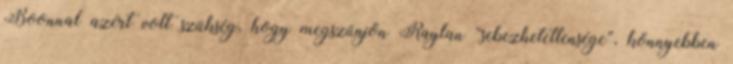
Boonnal azért volt szükség, hogy megszűnjön Raylan “sebezhetetlensége”, könnyebben